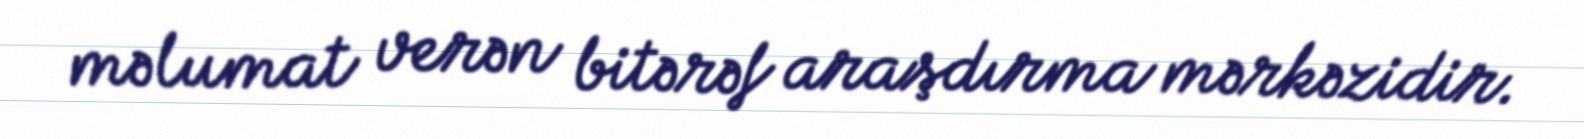
məlumat verən bitərəf araşdırma mərkəzidir.